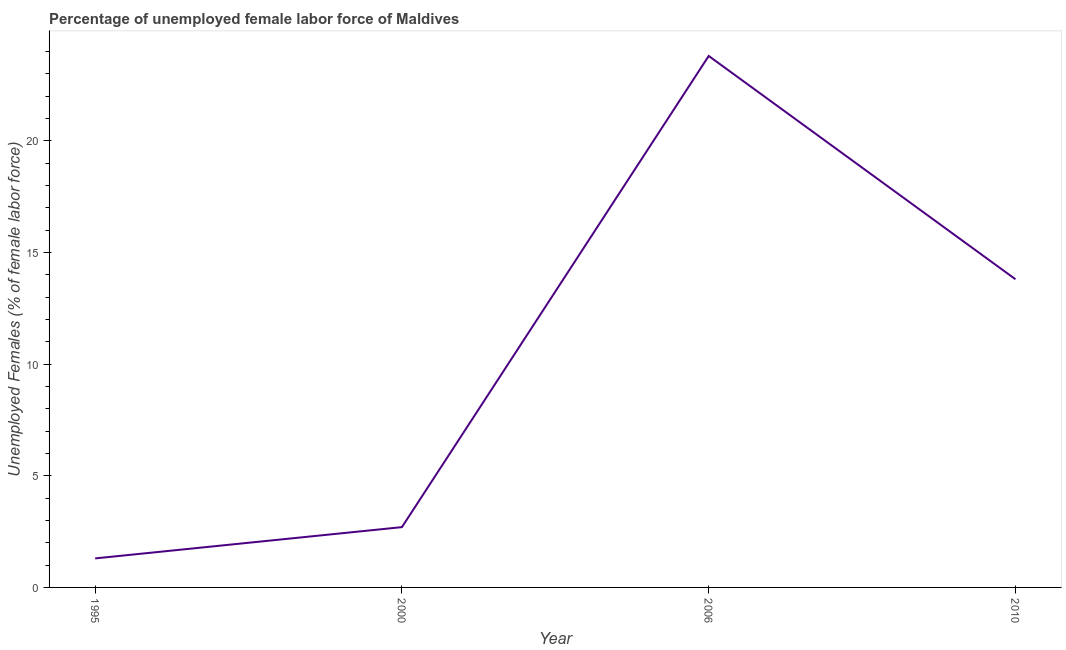
| Year | Unemployment female |
 | --- | --- |
 | 1995 | 1.3 |
 | 2000 | 2.7 |
 | 2006 | 23.8 |
 | 2010 | 13.8 |